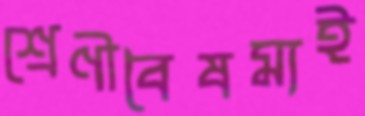
শ্রেণীবৈষম্যই